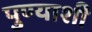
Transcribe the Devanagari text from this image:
पुण्याशी